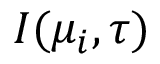
I ( \mu _ { i } , \tau )